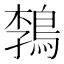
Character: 𲍟